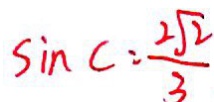
\sin C = \frac { 2 \sqrt { 2 } } { 3 }